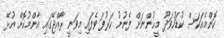
ކޮންމެއަކަސް ކުޑަހުވަދޫ މީހުންނަށް ފެނުނު ހަރުފަ ވެފައި މިވަނީ ރާއްޖޭގައި އާންމުކޮށް އުޅޭ